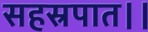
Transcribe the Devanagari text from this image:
सहस्रपात।।